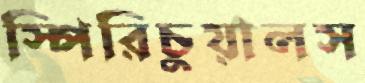
স্পিরিচুয়ালস